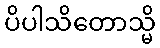
ပိပါသိတောသ္မိ